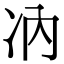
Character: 𪞗